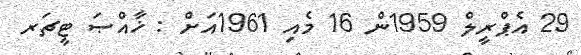
29 އެޕްރީލް 1959ން 16 މެއި 1961އަށް : ޚާއްޞަ ޓީޗަރ